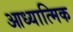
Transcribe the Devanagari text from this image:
आध्यात्‍मिक